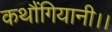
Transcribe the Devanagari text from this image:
कथौंगियानी।।